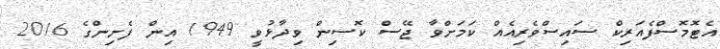
އެޓޮމޮސްފެއަރިކް ސައިސްވެރިއެއް ކަމަށްވާ ޖޭސް ކޮސިން ވިދާޅުވީ 1949 އިން ފެށިންގެ 2016